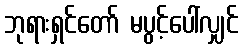
ဘုရားရှင်တော် မပွင့်ပေါ်လျှင်